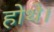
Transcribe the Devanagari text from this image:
होथे।